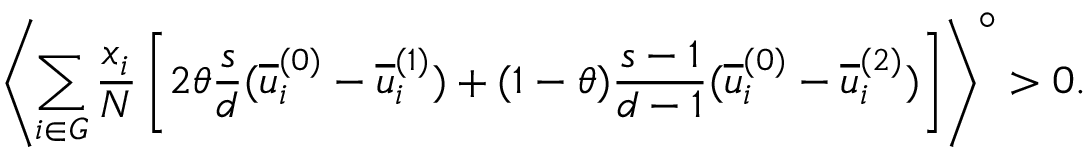
\left\langle \sum _ { i \in G } \frac { x _ { i } } { N } \left[ 2 \theta \frac { s } { d } ( \overline { { u } } _ { i } ^ { ( 0 ) } - \overline { { u } } _ { i } ^ { ( 1 ) } ) + ( 1 - \theta ) \frac { s - 1 } { d - 1 } ( \overline { { u } } _ { i } ^ { ( 0 ) } - \overline { { u } } _ { i } ^ { ( 2 ) } ) \right] \right\rangle ^ { \circ } > 0 .